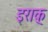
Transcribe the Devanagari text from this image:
इराक़्